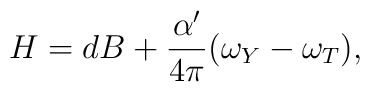
H = dB + \frac{\alpha'}{4\pi}(\omega_Y-\omega_T),